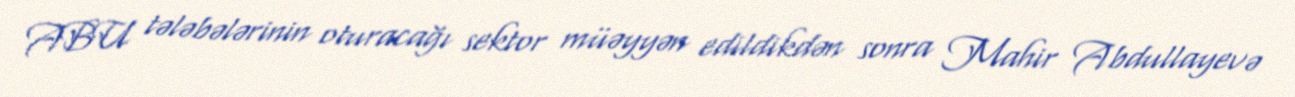
ABU tələbələrinin oturacağı sektor müəyyən edildikdən sonra Mahir Abdullayevə